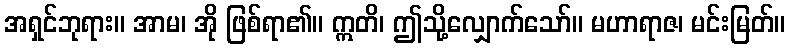
အရှင်ဘုရား။ အာမ၊ အို ဖြစ်ရာ၏။ ဣတိ၊ ဤသို့လျှောက်သော်။ မဟာရာဇ၊ မင်းမြတ်။